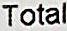
TOTAL